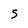
Character: S